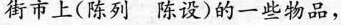
街市上(陈列陈设)的一些物品，